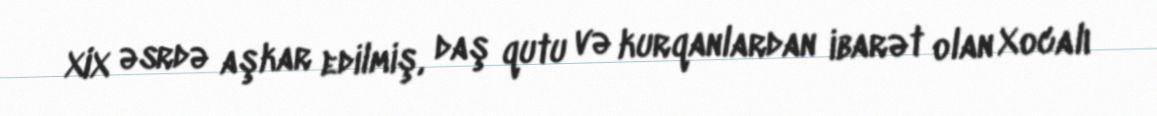
XIX əsrdə aşkar edilmiş, daş qutu və kurqanlardan ibarət olan Xocalı